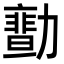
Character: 𠢻